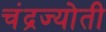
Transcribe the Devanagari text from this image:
चंद्रज्योती